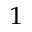
_ 1